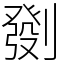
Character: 㔇